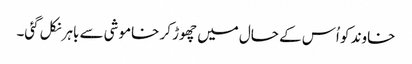
خاوند کو اُس کے حال میں چھوڑ کر خاموشی سے باہر نکل گئی۔